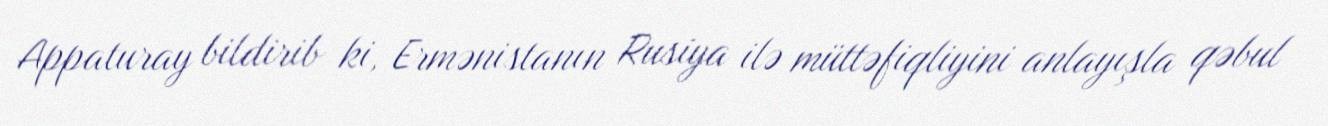
Appaturay bildirib ki, Ermənistanın Rusiya ilə müttəfiqliyini anlayışla qəbul